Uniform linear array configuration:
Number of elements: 12
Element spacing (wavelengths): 0.75
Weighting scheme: hann
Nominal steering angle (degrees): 30
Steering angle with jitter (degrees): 31.958
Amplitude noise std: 0.05
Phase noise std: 0.05

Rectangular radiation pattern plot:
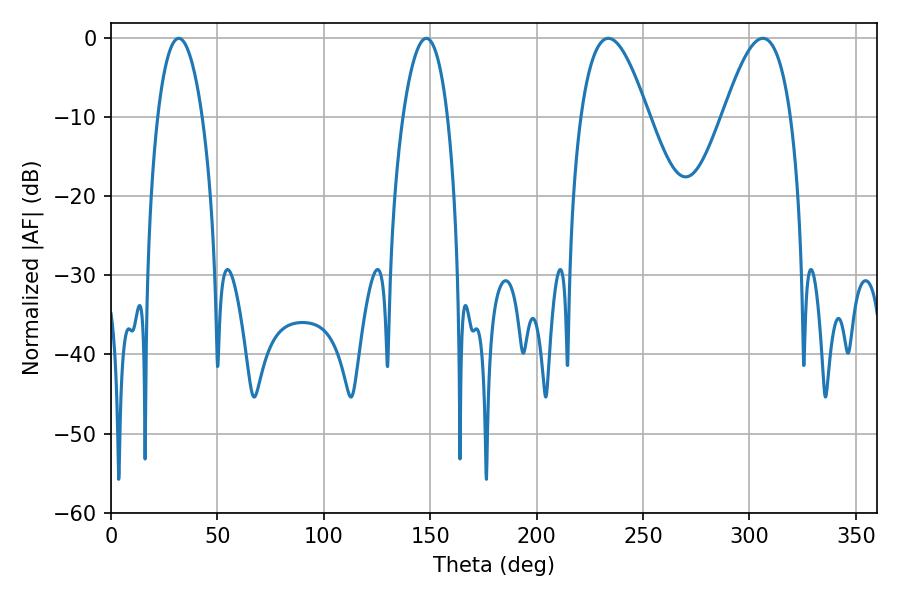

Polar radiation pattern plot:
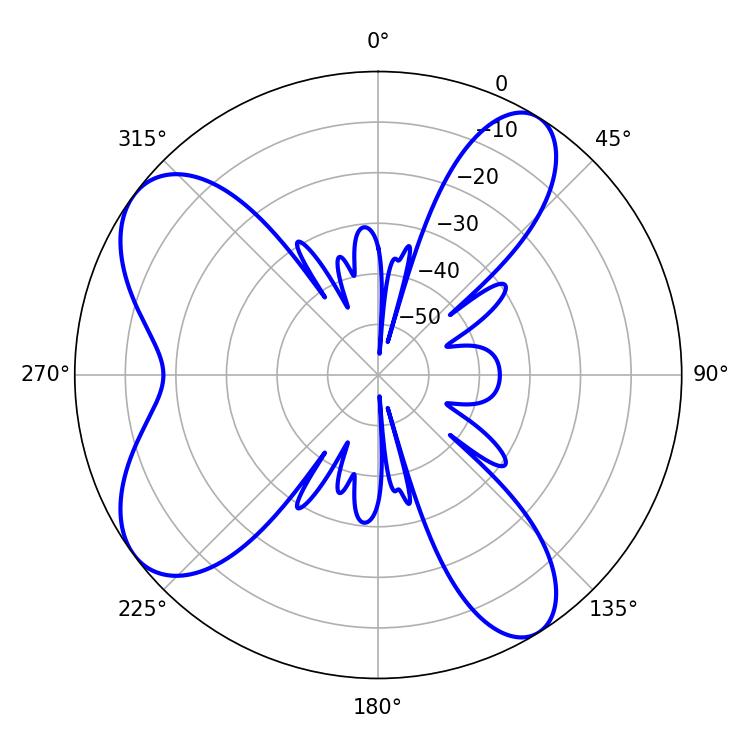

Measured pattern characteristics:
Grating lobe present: TRUE
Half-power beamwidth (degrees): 11.7
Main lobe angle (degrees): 31.86